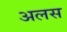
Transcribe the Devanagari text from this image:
अलस